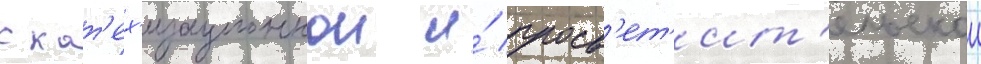
с кат'ех'изационнои и́ просв'ет'ит'ельскои